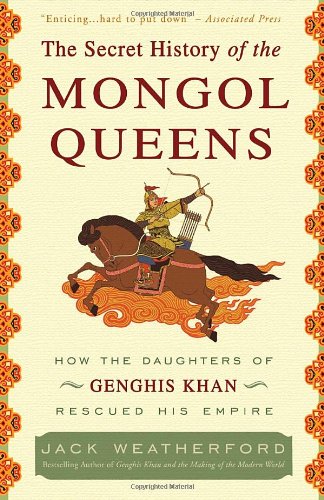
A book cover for The Secret History of the Mongol Queens: How the Daughters of Genghis Khan Rescued His Empire; Jack Weatherford; Biographies & Memoirs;